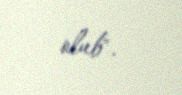
olub".